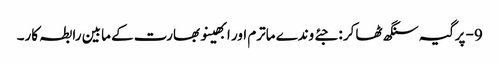
9- پرگیہ سنگھ ٹھاکر : جئے وندے ماترم اور ابھینو بھارت کے مابین رابطہ کار۔